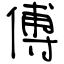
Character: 傅